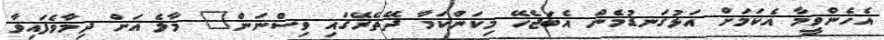
އެހެންވީމާ އެކަމަށް އަޅުގަނޑުމެން އެބަޖެހޭ މިކަންކަމާ ދޭތެރޭގައި ވިސްނަން" މާލެ އަށް ދިމާވެފައިވާ